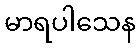
မာရပါသေန